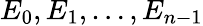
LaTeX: E_{0},E_{1},\dots,E_{n-1}